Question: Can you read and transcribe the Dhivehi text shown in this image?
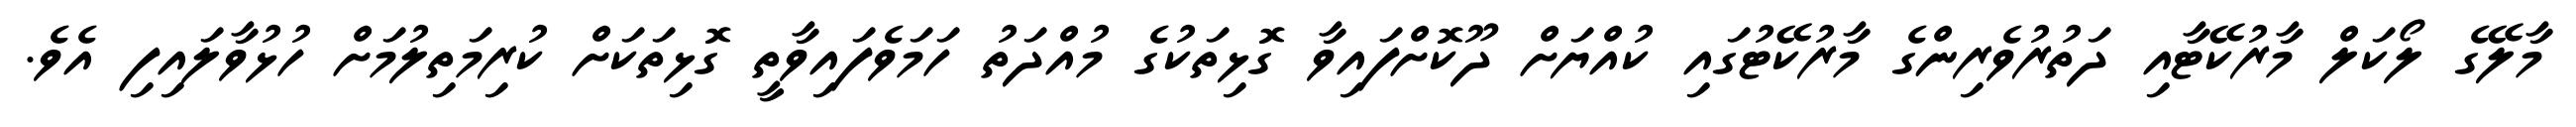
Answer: މާލޭގެ ލޯކަލް މާރުކޭޓާއި ދަތުރުވެރިންގެ މާރުކޭޓުގައި ކުއްޔަށް ދޫކޮށްފައިވާ ގޮޅިތަކުގެ މުއްދަތު ހަމަވެފައިވާތީ ގޮޅިތަކަށް ކުރިމަތިލުމަށް ހުޅުވާލައިފި އެވެ.